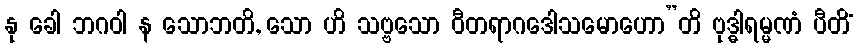
နု ခေါ ဘဂဝါ န သောဘတိ, သော ဟိ သဗ္ဗသော ဝီတရာဂဒေါသမောဟော”တိ ဗုဒ္ဓါရမ္မဏံ ပီတိံ